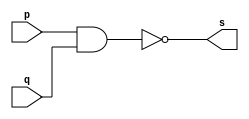
// -------------------------
// Exercicio0001 - NAND
// Nome: Pedro Henrique Alves M. de Carvalho
// -------------------------

// -------------------------
// -- nand gate
// -------------------------
module nandgate (output s, input p, input q);
 assign s = ( ~( p & q ));
endmodule // fim do nandgate

// -------------------------
// -- ex nand gate
// -------------------------
module exnandgate;
// ------------------------- dados locais
	reg a, b;	// definir registrador
	wire s;	// definir conexao (fio)
// ------------------------- instancia
 nandgate NAND1 (s, a, b);
// ------------------------- preparacao
 initial begin:start
	a=0; b=0;
 end
 
// ------------------------- parte principal
 initial begin:main
	$display("Exerccio 0001 - Pedro Henrique A. M. de Carvalho - 427452");
	$display("Ex NAND gate");
	$display("\n ~ ( a & b ) = s\n");
 	
	a=0; b=0;
 #1 $display(" ~ ( %b & %b ) = %b", a, b, s);
	a=0; b=1;
 #1 $display(" ~ ( %b & %b ) = %b", a, b, s);
	a=1; b=0;
 #1 $display(" ~ ( %b & %b ) = %b", a, b, s);
	a=1; b=1;
 #1 $display(" ~ ( %b & %b ) = %b", a, b, s);
 end

endmodule